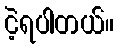
ငဲ့ရပါတယ်။